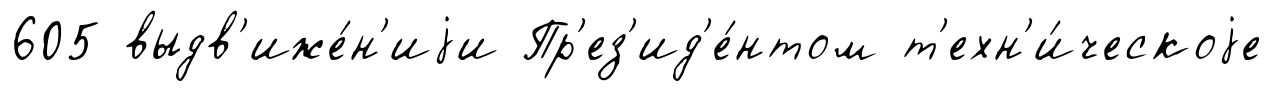
605 выдв'иже́н'иjи Пр'ез'ид'е́нтом т'ехн'и́ческоjе